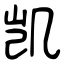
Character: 凯